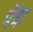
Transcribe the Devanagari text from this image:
पॅत्रा